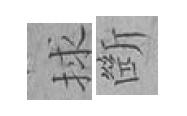
捄㫁